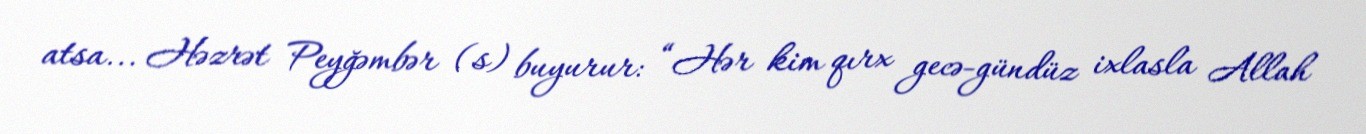
atsa... Həzrət Peyğəmbər (s) buyurur: “Hər kim qırx gecə-gündüz ixlasla Allah